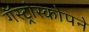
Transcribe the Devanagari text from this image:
गॅस्ट्रोस्कोपने